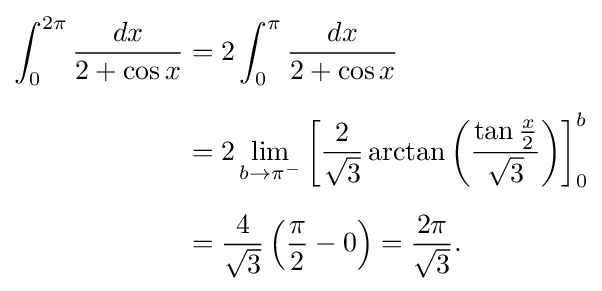
{\begin{aligned}\int _{0}^{2\pi }{\frac {dx}{2+\cos x}}&=2\int _{0}^{\pi }{\frac {dx}{2+\cos x}}\\[6pt]&=2\lim _{b\to \pi ^{-}}\left[{\frac {2}{\sqrt {3}}}\arctan \left({\frac {\tan {\frac {x}{2}}}{\sqrt {3}}}\right)\right]_{0}^{b}\\[6pt]&={\frac {4}{\sqrt {3}}}\left({\frac {\pi }{2}}-0\right)={\frac {2\pi }{\sqrt {3}}}.\end{aligned}}